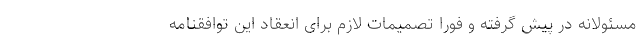
مسئولانه در پیش گرفته و فورا تصمیمات لازم برای انعقاد این توافقنامه